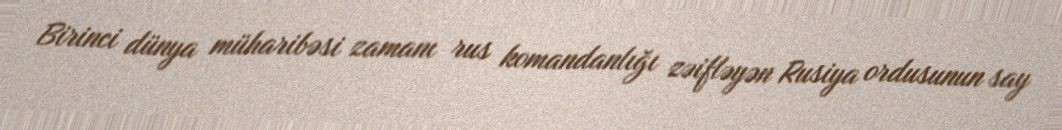
Birinci dünya müharibəsi zamanı rus komandanlığı zəifləyən Rusiya ordusunun say